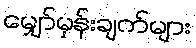
မျှော်မှန်းချက်များ